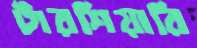
টারশিয়ারি